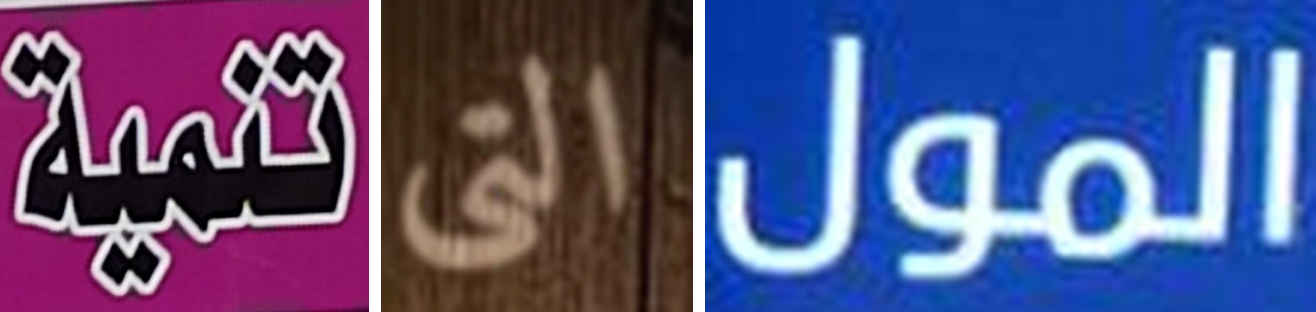
تنمية التى المول